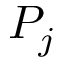
P _ { j }